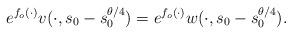
LaTeX: \begin{align*}e^{f_o(\cdot)}v(\cdot,s_0-s_0^{\theta/4})=e^{f_o(\cdot)}w(\cdot,s_0-s_0^{\theta/4}).\end{align*}